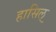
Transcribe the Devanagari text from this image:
हासिल्